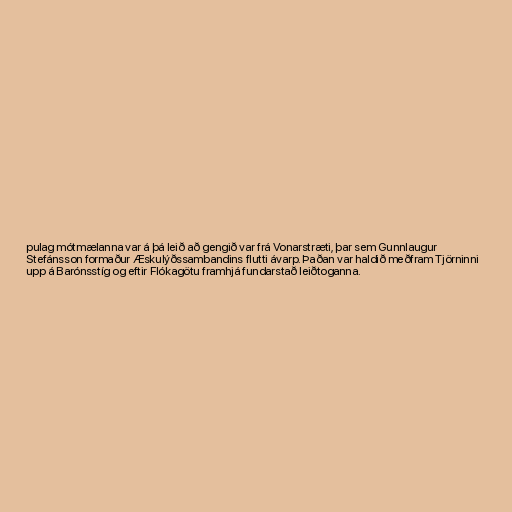
pulag mótmælanna var á þá leið að gengið var frá Vonarstræti, þar sem Gunnlaugur
Stefánsson formaður Æskulýðssambandins flutti ávarp. Þaðan var haldið meðfram Tjörninni
upp á Barónsstíg og eftir Flókagötu framhjá fundarstað leiðtoganna.